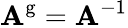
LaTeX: \mathbf{A}^{\mathrm{{g}}}=\mathbf{A}^{-1}